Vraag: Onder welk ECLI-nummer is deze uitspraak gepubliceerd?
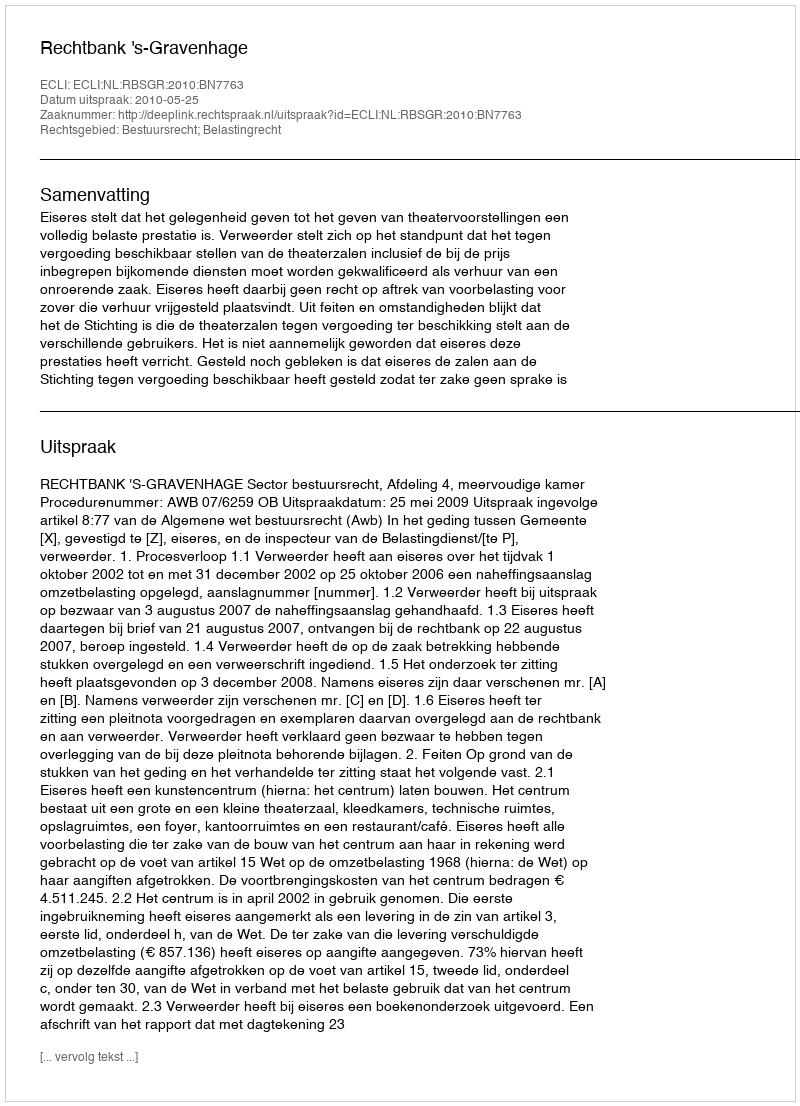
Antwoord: ECLI:NL:RBSGR:2010:BN7763